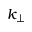
k _ { \perp }